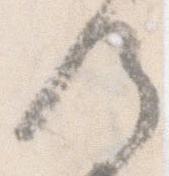
候